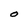
Character: O